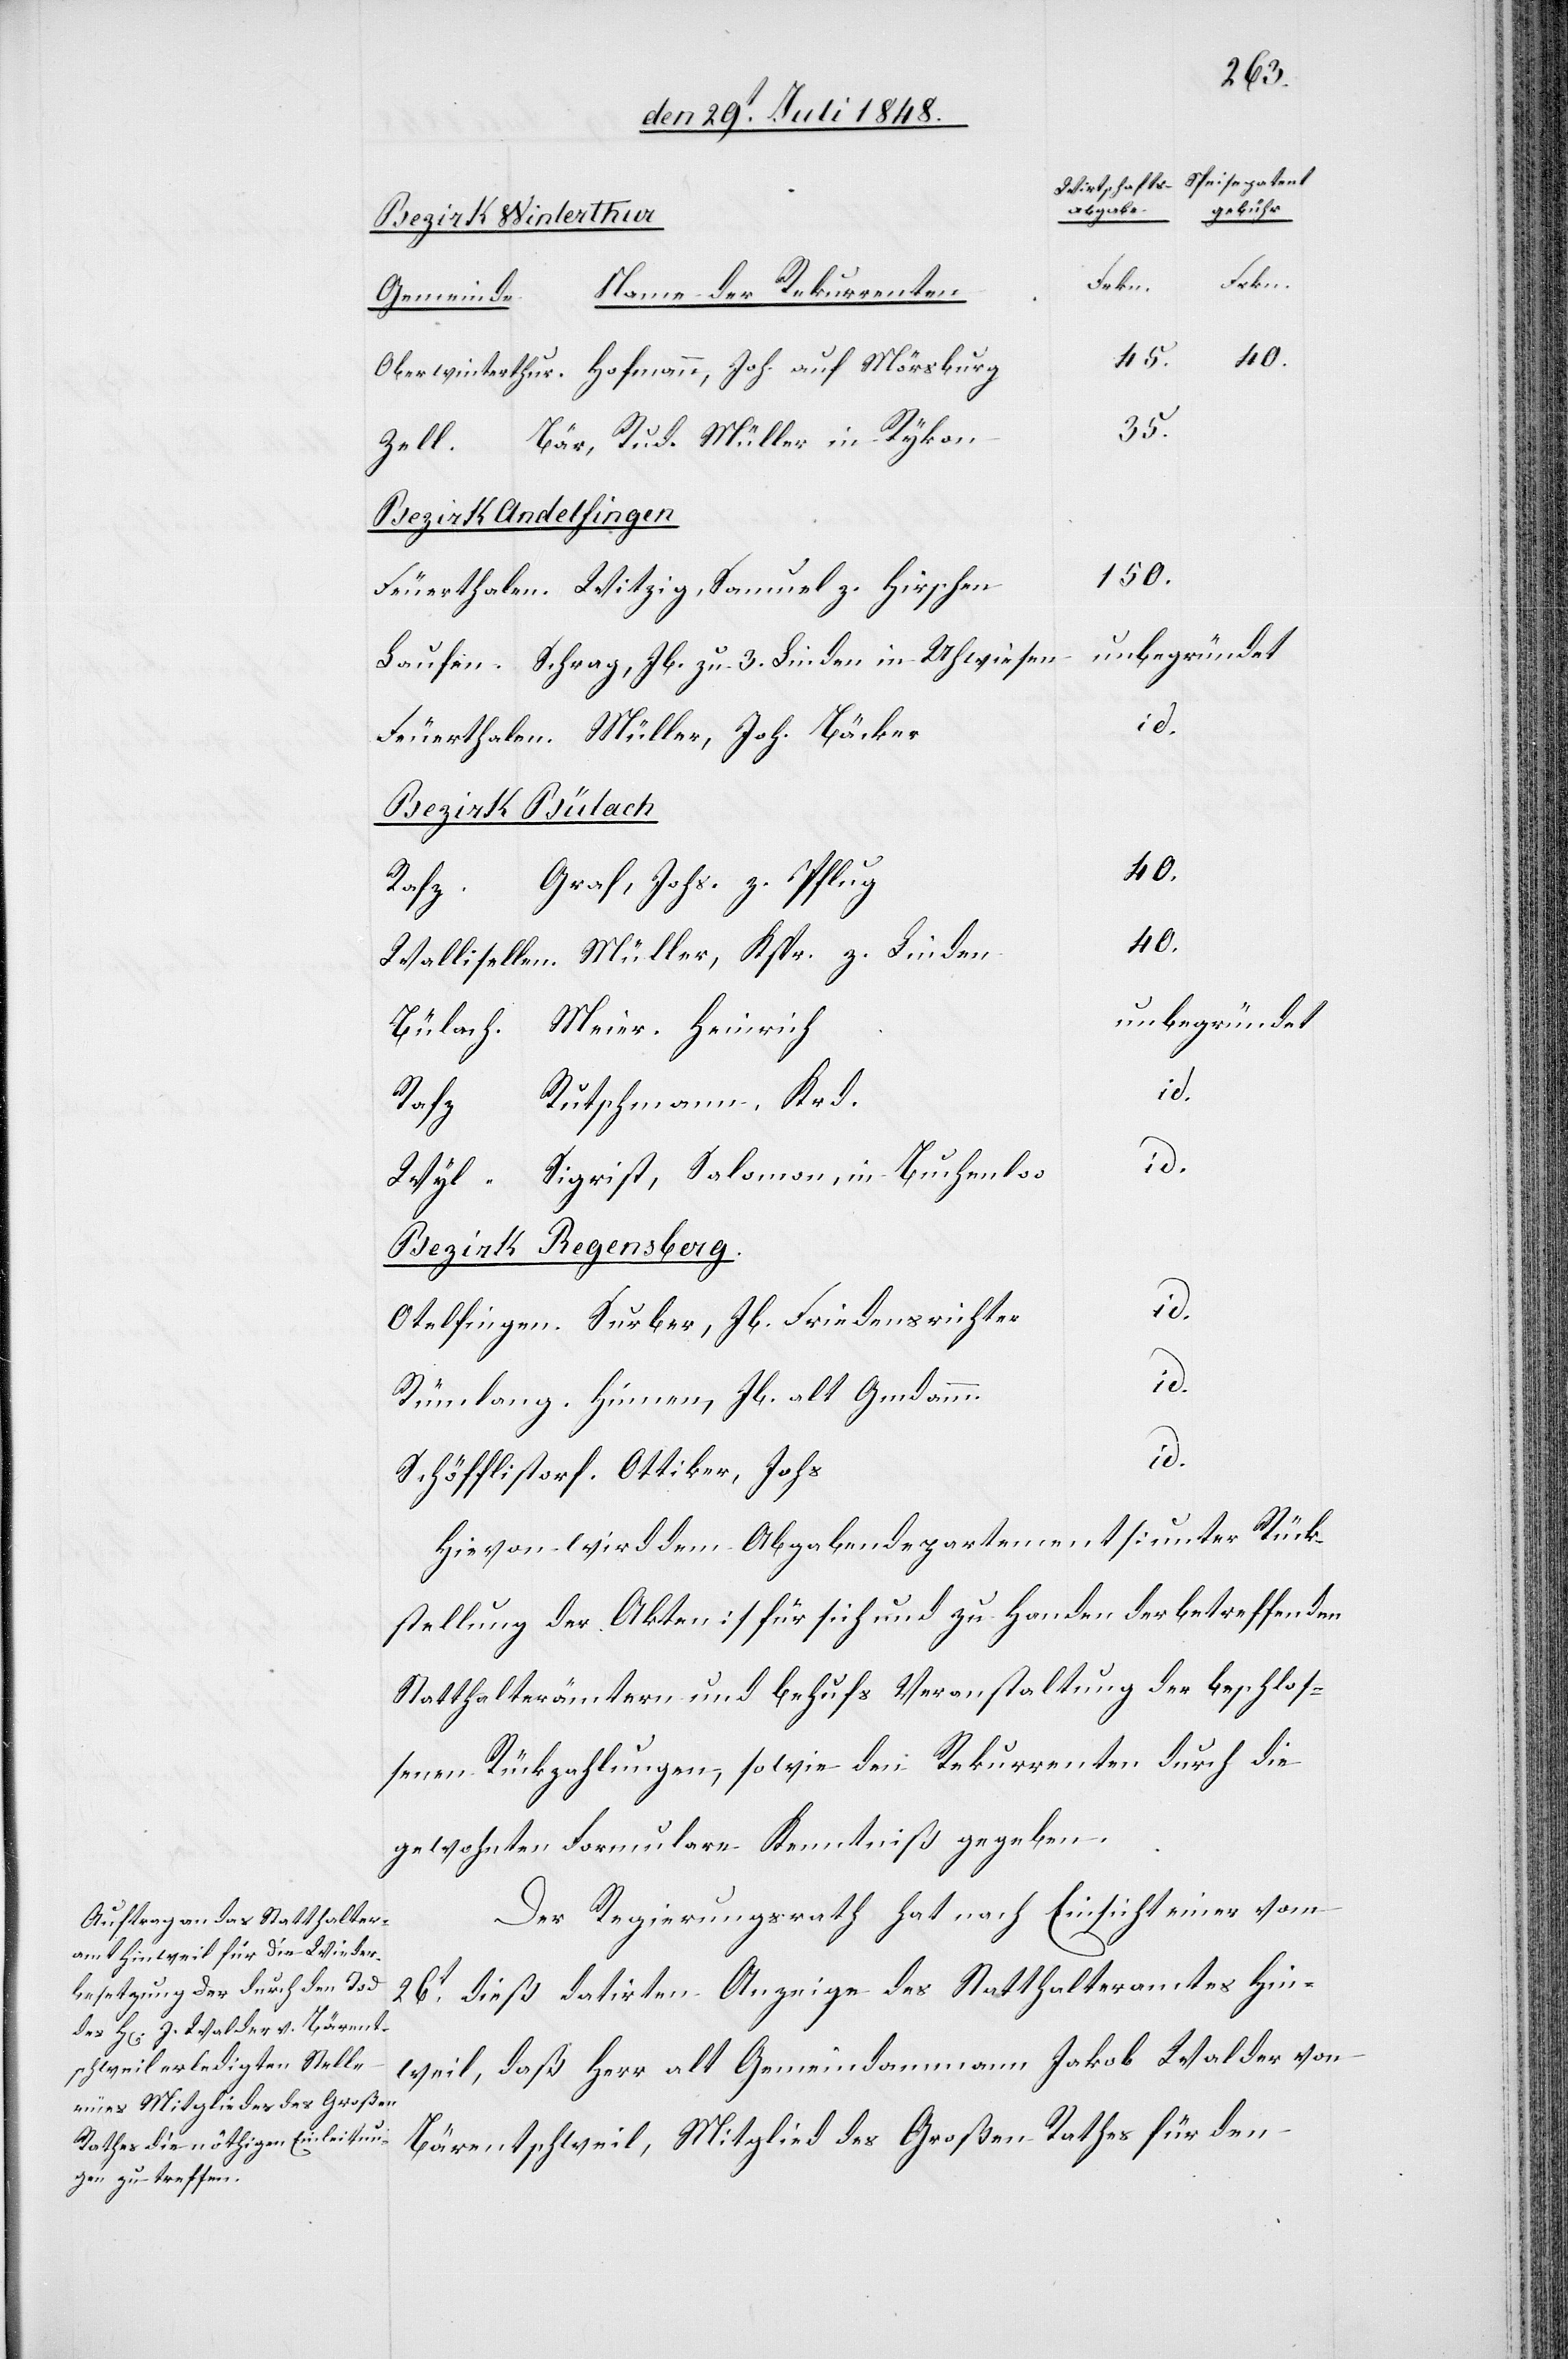
Speisepatent-
Wirthschafts-
abgabe
gebühr
Meier, Heinrich
Gmdamm.
Ottiker,
Name der Rekurrenten
Gemeinde
45.
35.
Bär, Rud. Müller in Rykon
Zell.
Bezirk Andelfingen.
150.
Witzig, Samuel z. Hirschen
Feuerthalen
Schrag, Jb. zu 3. Linden in Uhwiesen
Laufen
Bezirk Bülach.
Graf, Johs. z. Pflug
richter
40.
unbegründet
id.
Rutschmann, Krd.
Joh¬
s.
Sigrist, Salomon, in Buchenloo
Bezirk Regensberg.
Hievon wird dem Abgabendepartement [unter Rück¬
stellung der Akten] für sich und zu Handen der betreffenden
Statthalterämtern und behufs Veranstaltung der beschlos¬
senen Rückzahlungen, sowie den Rekurrenten durch die
gewohnten Formulare Kenntniß gegeben.
Der Regierungsrath hat nach Einsicht einer vom
26t dieß datirten Anzeige des Statthalteramtes Hin¬
weil, daß Herr alt Gemeindammann Jakob Walder von
Bärentschweil, Mitglied des Großen Rathes für den